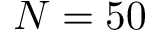
N = 5 0